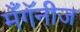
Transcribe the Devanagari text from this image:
मँगॅनीज